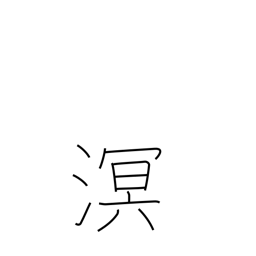
Meaning: dark